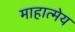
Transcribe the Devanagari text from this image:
माहात्मेय